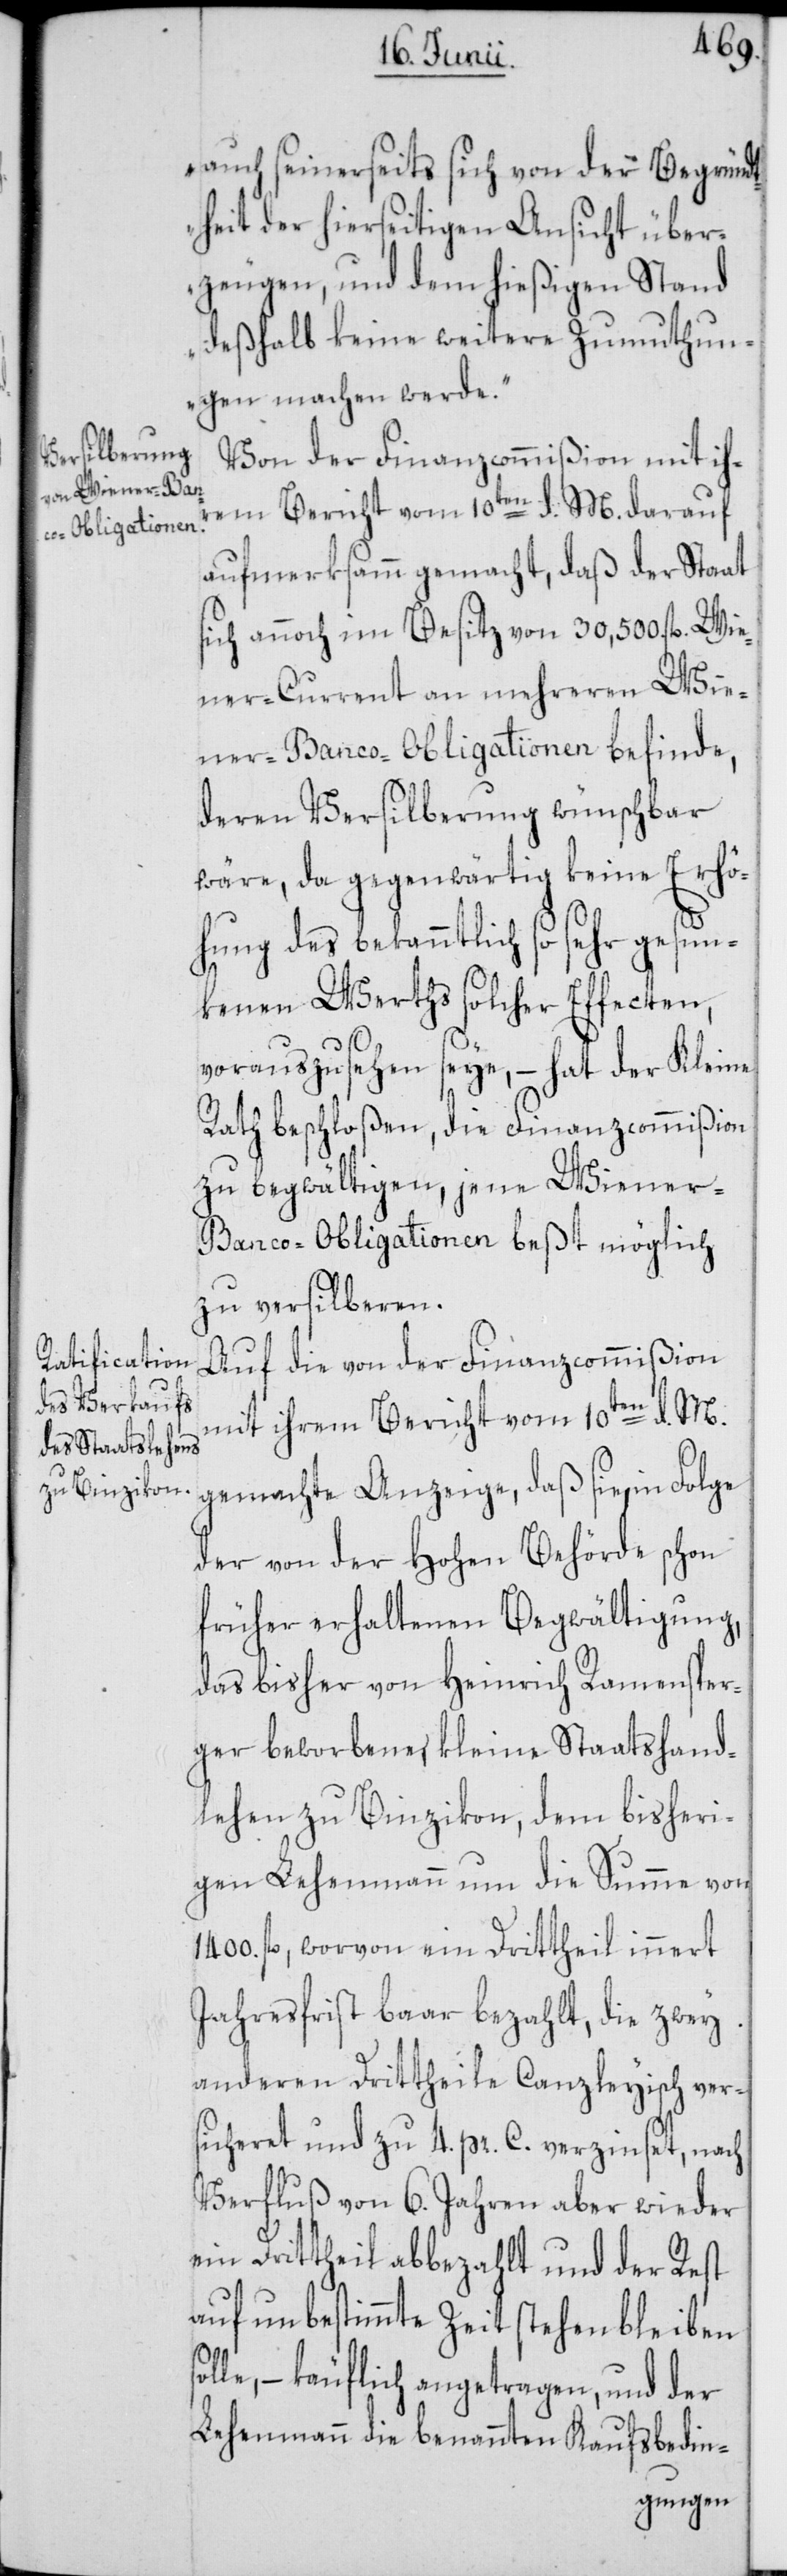
auch seinerseits sich von der Begründ¬
theit der hierseitigen Ansicht über¬
zeugen, und dem hießigen Stand
deßhalb keine weitere Zumuthun¬
gen machen werde.“
Von der Finanzcommißion mit ihr¬
em Bericht vom 10ten d. M. darauf
aufmerksamm gemacht, daß der Staat
sich annoch im Besitz von 30,500. fl. Wie¬
ner-Current an mehreren Wie¬
ner-Banco-Obligationen befinde,
deren Versilberung wünschbar
wäre, da gegenwärtig keine Erhö¬
hung des bekanntlich so sehr gesun¬
kenen Werths solcher Effecten,
vorauszusehen seye, – hat der Kleine
Rath beschloßen, die Finanzcommißion
zu begwältigen, jene Wiener-B¬
anco-Obligationen beßt möglich
zu versilberen.
Auf die von der Finanzcommißion
mit ihrem Bericht vom 10ten d. M.
gemachte Anzeige, daß sie in Folge
der von der Hohen Behörde schon
früher erhaltenen Begwältigung,
das bisher von Heinrich Ramensper¬
ger beworbene, kleine Staatshand¬
lehen zu Binzikon, dem bisheri¬
gen Lehenmann um die Summe von
1400. fl., worvon ein Drittheil innert
Jahresfrist baar bezahlt, die zwey
anderen Drittheile Canzleyisch ver¬
sicheret und zu 4 pr. C. verzinset, nach
Verfluß von 6. Jahren aber wieder
ein Drittheil abbezahlt und der Rest
auf unbestimmte Zeit stehen bleiben
– käuflich angetragen, und der
Lehenmann die benannten Kaufsbedin-